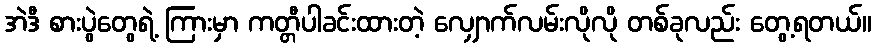
အဲဒီ စားပွဲတွေရဲ့ ကြားမှာ ကတ္တီပါခင်းထားတဲ့ လျှောက်လမ်းလိုလို တစ်ခုလည်း တွေ့ရတယ်။